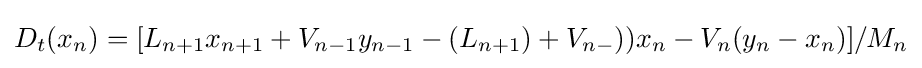
D_{t}(x_{n})=[L_{n+1}x_{n+1}+V_{n-1}y_{n-1}-(L_{n+1})+V_{n-}))x_{n}-V_{n}(y_{n}-x_{n})]/M_{n}